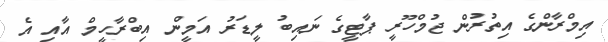
އިމްރާންގެ އިތުރުން ޖުމްހޫރީ ޕާޓީގެ ނައިބު ލީޑަރު އަމީން އިބްރާހީމް އާއި އެ